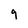
Character: 9